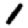
Digit: 1